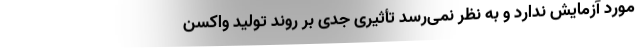
مورد آزمایش ندارد و به نظر نمی‌‌رسد تأثیری جدی بر روند تولید واکسن